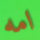
امه